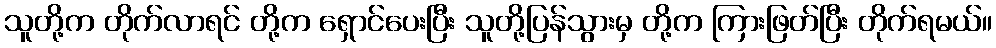
သူတို့က တိုက်လာရင် တို့က ရှောင်ပေးပြီး သူတို့ပြန်သွားမှ တို့က ကြားဖြတ်ပြီး တိုက်ရမယ်။